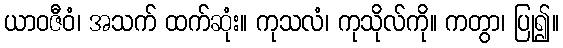
ယာဝဇီဝံ၊ အသက် ထက်ဆုံး။ ကုသလံ၊ ကုသိုလ်ကို။ ကတွာ၊ ပြု၍။